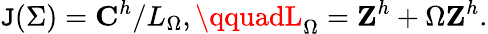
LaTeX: \mathtt{J}(\Sigma)={\mathbf{C}}^{h}/L_{\Omega},\qquadL_{\Omega}={\mathbf{Z}}^{h}+\Omega{\mathbf{Z}}^{h}.